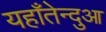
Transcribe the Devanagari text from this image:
यहाँतेन्दुआ